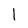
Character: l